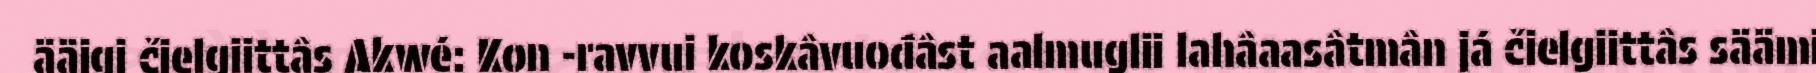
ääigi čielgiittâs Akwé: Kon -ravvui koskâvuođâst aalmuglii lahâaasâtmân já čielgiittâs säämi